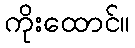
ကိုးထောင်။